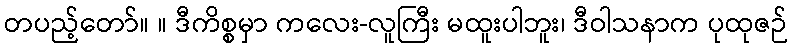
တပည့်တော်။ ။ ဒီကိစ္စမှာ ကလေး-လူကြီး မထူးပါဘူး၊ ဒီဝါသနာက ပုထုဇဉ်